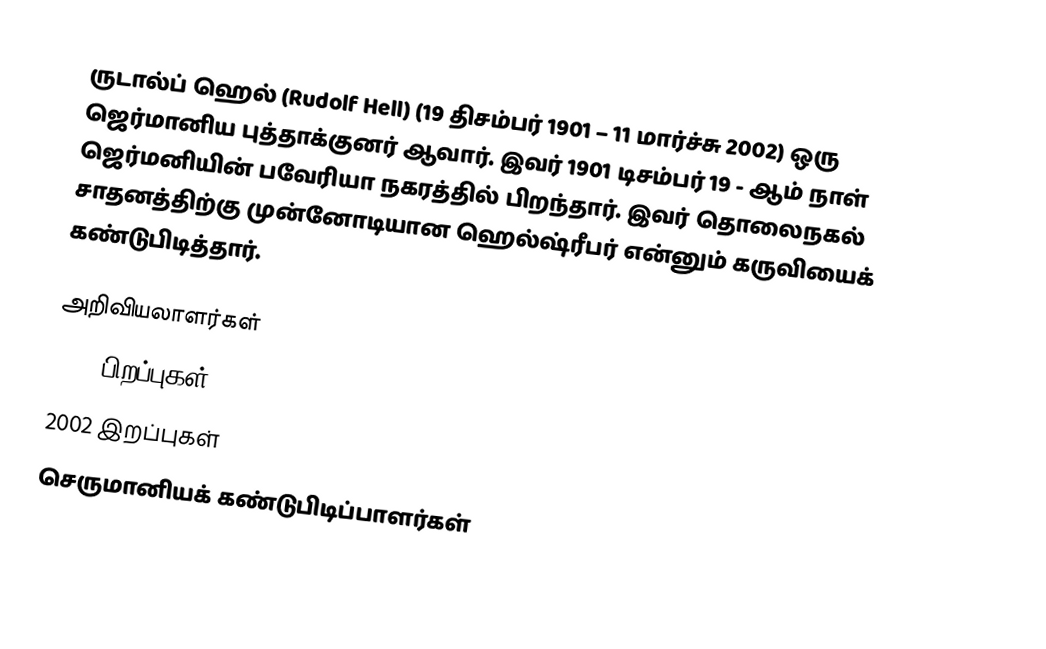
ருடால்ப் ஹெல் (Rudolf Hell) (19 திசம்பர் 1901 – 11 மார்ச்சு 2002) ஒரு ஜெர்மானிய புத்தாக்குனர் ஆவார். இவர் 1901 டிசம்பர் 19 - ஆம் நாள் ஜெர்மனியின் பவேரியா நகரத்தில் பிறந்தார். இவர் தொலைநகல் சாதனத்திற்கு முன்னோடியான ஹெல்ஷ்ரீபர் என்னும் கருவியைக் கண்டுபிடித்தார்.

அறிவியலாளர்கள்
1901 பிறப்புகள்
2002 இறப்புகள்
செருமானியக் கண்டுபிடிப்பாளர்கள்